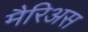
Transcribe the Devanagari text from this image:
मैरिअस